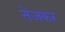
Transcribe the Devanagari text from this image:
तेजकर